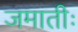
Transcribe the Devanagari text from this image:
जमातीः